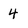
Character: 4